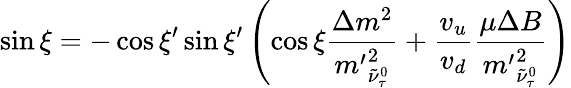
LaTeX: \sin\xi=-\cos\xi^{\prime}\sin\xi^{\prime}\left(\cos\xi\frac{\Delta m^{2}}{{m^{\prime}}_{\tilde{\nu}_{\tau}^{0}}^{2}}+\frac{v_{u}}{v_{d}}\frac{\mu\Delta B}{{m^{\prime}}_{\tilde{\nu}_{\tau}^{0}}^{2}}\right)